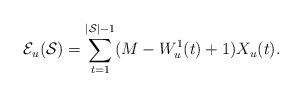
LaTeX: \begin{align*}\mathcal{E}_u(\mathcal{S}) = \sum_{t=1}^{|\mathcal{S}|-1} (M-W_u^1(t)+1)X_u(t).\end{align*}